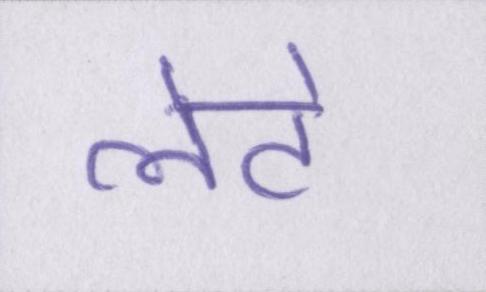
लेटे